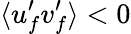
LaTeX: \langle u_{f}^{\prime}v_{f}^{\prime}\rangle<0